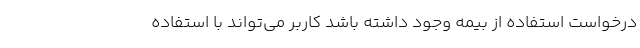
درخواست استفاده از بیمه وجود داشته باشد کاربر می‌تواند با استفاده